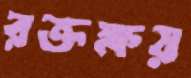
রক্তক্ষয়